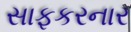
સાફકરનાર